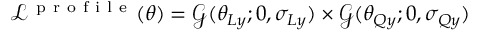
\mathcal { L } ^ { \mathrm { ~ p ~ r ~ o ~ f ~ i ~ l ~ e ~ } } ( \boldsymbol { \theta } ) = \mathcal { G } ( \theta _ { L y } ; 0 , \sigma _ { L y } ) \times \mathcal { G } ( \theta _ { Q y } ; 0 , \sigma _ { Q y } )